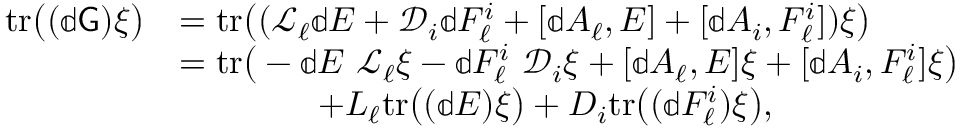
\begin{array} { r l } { \mathrm { t r } \big ( ( \mathbb { d } \mathsf { G } ) \xi \big ) } & { = \mathrm { t r } \big ( ( \mathcal { L } _ { \ell } \mathbb { d } E + \mathcal { D } _ { i } \mathbb { d } F _ { \ell } ^ { i } + [ \mathbb { d } A _ { \ell } , E ] + [ \mathbb { d } A _ { i } , F _ { \ell } ^ { i } ] ) \xi \big ) } \\ & { = \mathrm { t r } \big ( - \mathbb { d } E \ \mathcal { L } _ { \ell } \xi - \mathbb { d } F _ { \ell } ^ { i } \ \mathcal { D } _ { i } \xi + [ \mathbb { d } A _ { \ell } , E ] \xi + [ \mathbb { d } A _ { i } , F _ { \ell } ^ { i } ] \xi \big ) } \\ & { \qquad \qquad + L _ { \ell } \mathrm { t r } \big ( ( \mathbb { d } E ) \xi \big ) + D _ { i } \mathrm { t r } \big ( ( \mathbb { d } F _ { \ell } ^ { i } ) \xi \big ) , } \end{array}